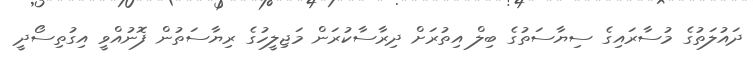
ދައުލަތުގެ މުސާރައިގެ ސިޔާސަތުގެ ބިލް އިތުރަށް ދިރާސާކުރަން މަޖިލީހުގެ ރިޔާސަތުން ފޮނުއްވީ އިގުތިސޯދީ